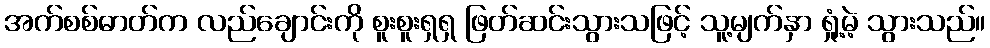
အက်စစ်ဓာတ်က လည်ချောင်းကို စူးစူးရှရှ ဖြတ်ဆင်းသွားသဖြင့် သူ့မျက်နှာ ရှုံ့မဲ့ သွားသည်။